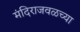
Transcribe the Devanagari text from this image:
मंदिराजवळच्या